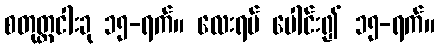
စတုတ္ထငါးခု ၁၅-ရက်။ လေးရပ် ပေါင်း၍ ၁၅-ရက်။